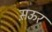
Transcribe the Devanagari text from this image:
स़ऊर